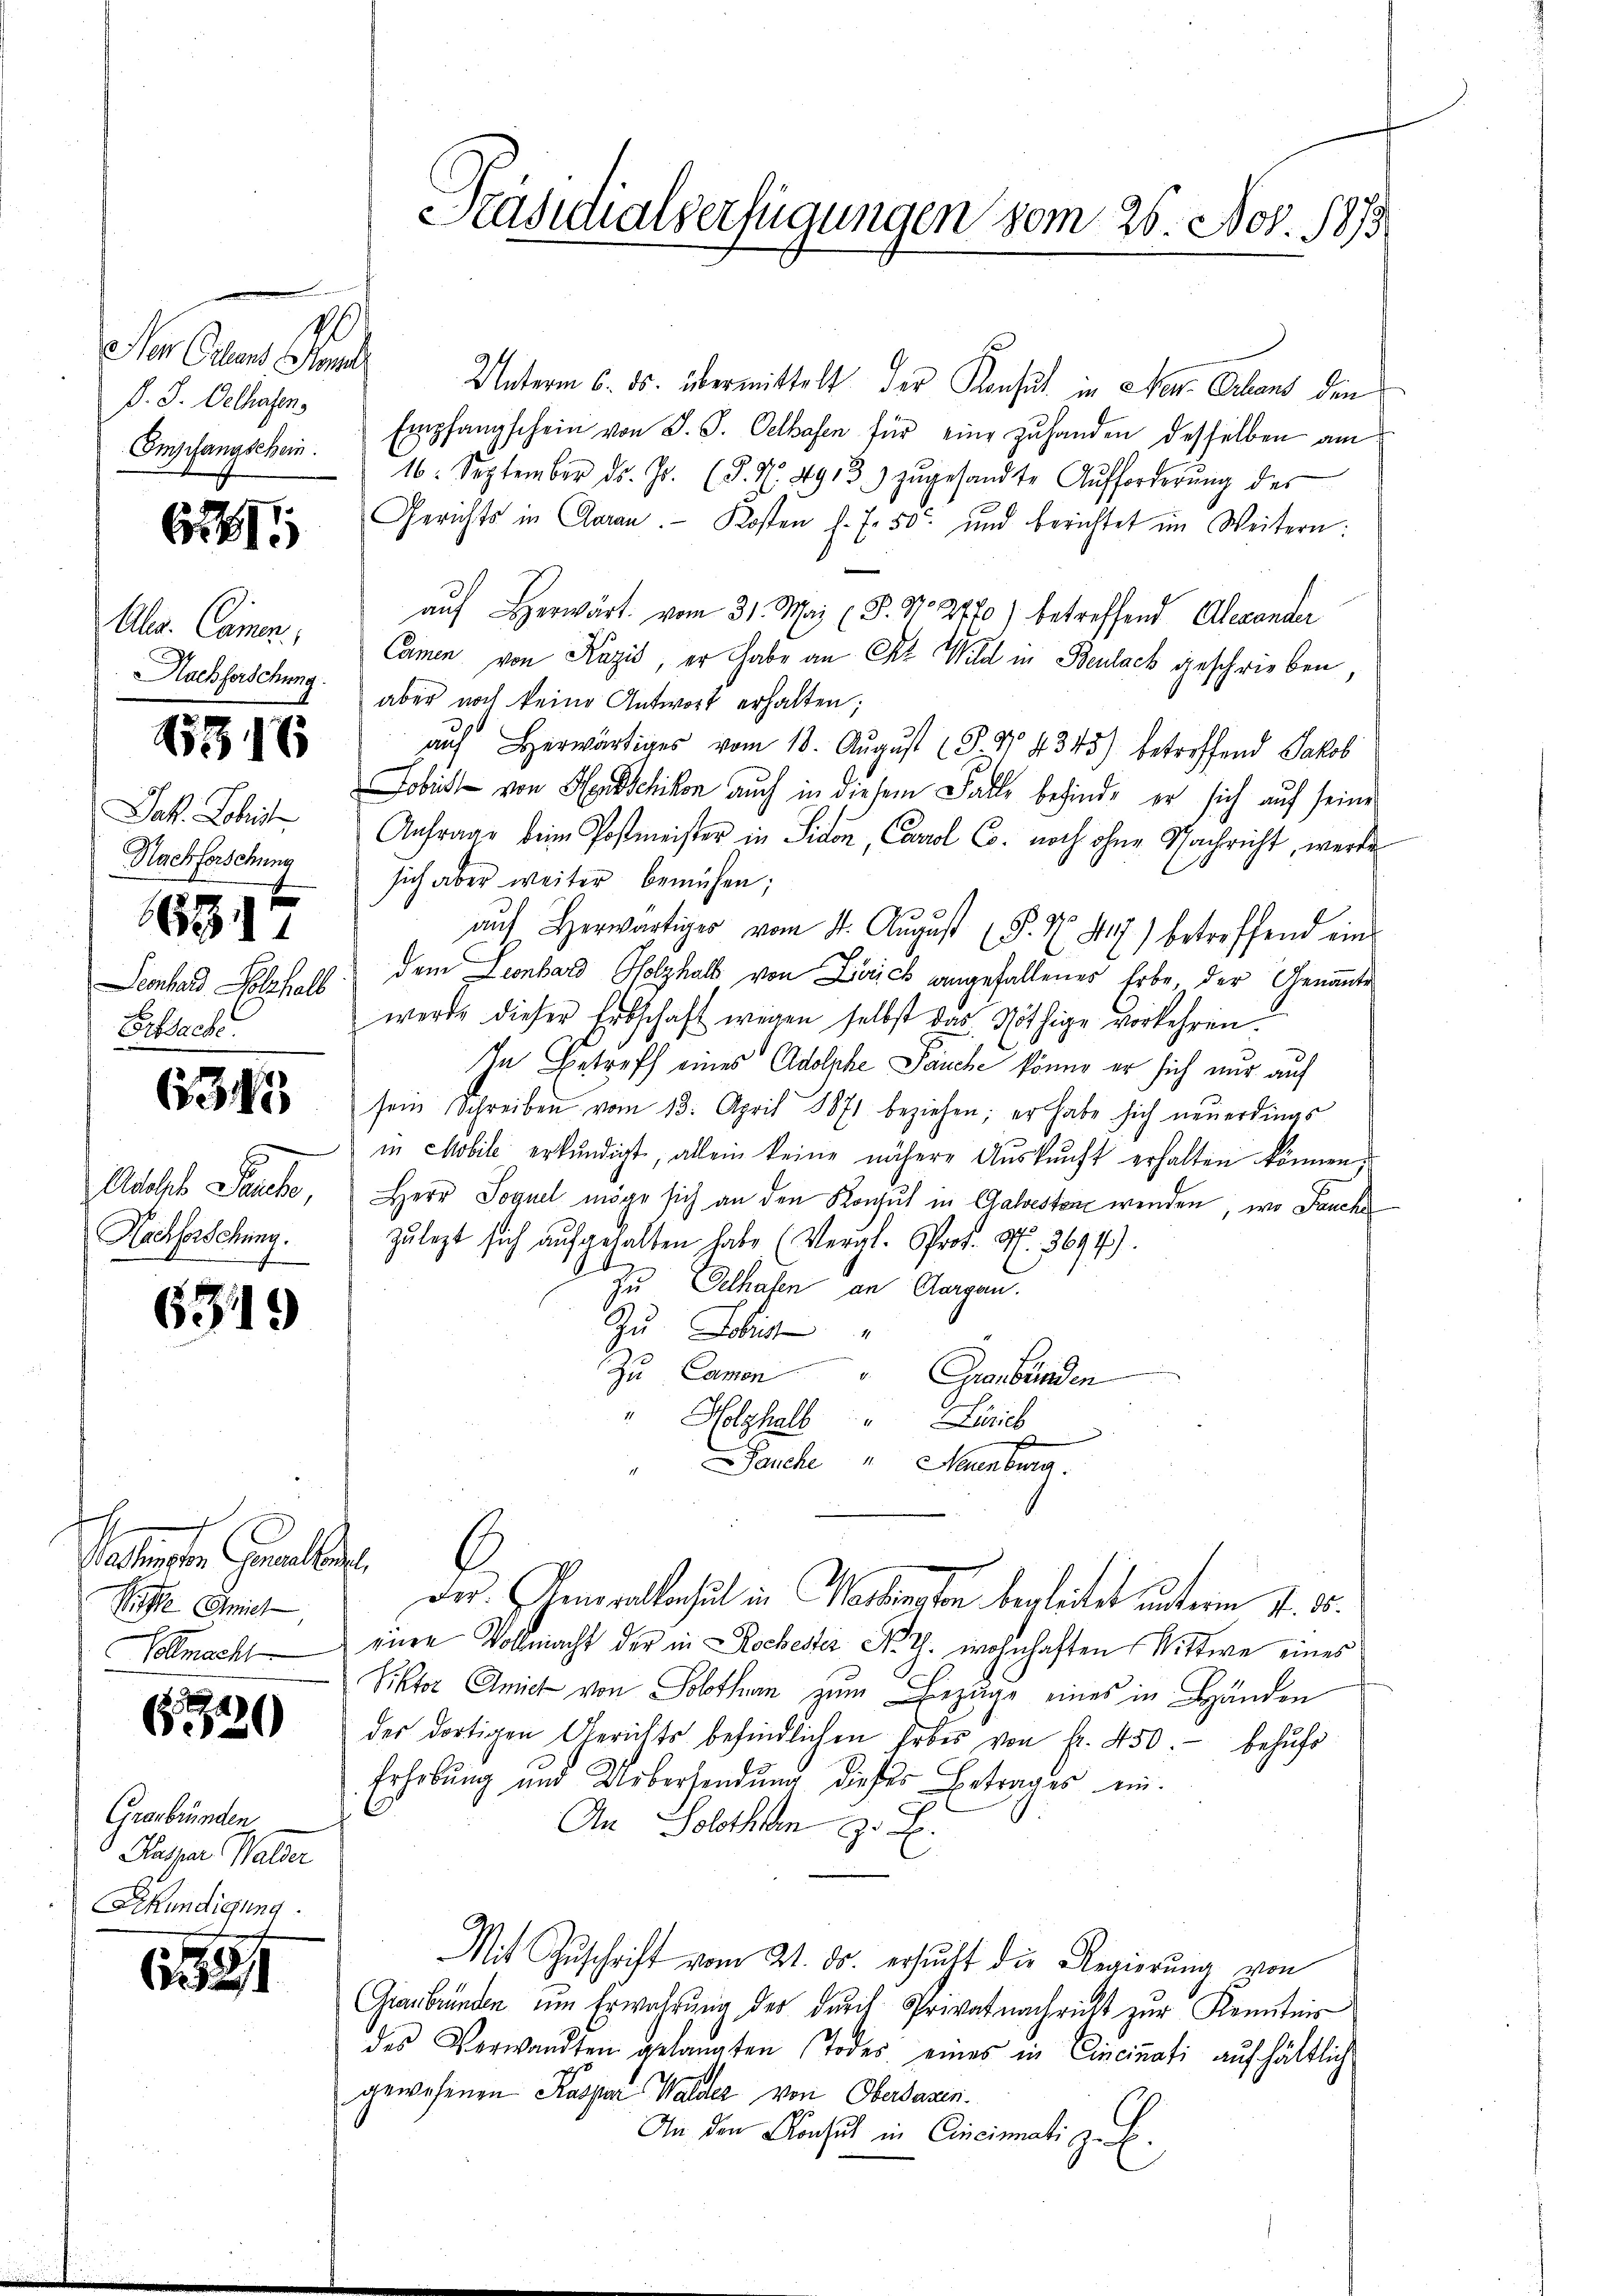
Der Oelen Gen
D. S. Dechalen.
Empfangschein.

6

Aler. Cammen.
Hachforschung

1883.

Seonhard Holzhalb
Erssache.

6315

Addleb Pato,
Hachforschung.

63.

h
Valenten Generalbert
Riffe mich

6320

Graubünden
Kaspar Walder
Sekundigung.

6

65

6

Jak. Lobeste
Nachforschung
f

Unterm 6. ds. übermittelt der Konsul in Neu Orland den
Empfangschein von S. S. Oelhafen für eine Zuhanden desselben am
16. September dr. Js. (T. N. 4913) zŭgesandte Aŭfforderŭng des
Gerichts in Aaran. Kosten f. 7. 50 und berichtet im Weitern:
auf Herwärt vom 31. May (8. No 2170) betreffend Alexander
Camen von Kazić, er habe an Art Wild in Beulack geschrieben,
aber noch keine Antwort erhalten;
aŭf herwärtiges vom 18. Aŭgŭst (S. No 4345) betreffend Jakob
Fobris von Menschikon auch in diesem Falle befinde er sich auf seine
Anfrage beim Postmeister in Sidon, Carol C. noch ohne Nachricht, werde
sich aber weiter bemühen;
aŭf herwärtiger vom 11. Aŭgŭst (§. X S.7) betreffend ein
dem Leonhard Holzhalt von Zürich angefallenes Erbe, der Genannte
werde dieser Erbschaft wegen selbst das Nöthige vorkehren.
In Betreff eines Adolphe Pauche könne er sich nur auf
sein Schreiben vom 13. April 18871 beziehen; er habe sich neuerdings
in Mobile erkundigt, allein keine nähere Auskunft erhalten können,
Herr Soguel möge sich an den Konsul in Galvesten werden, wo Jauch
zulegt sich aufgehalten habe (Vergl. Prof. No. 3694).
Zu Eelhafen an Aargau.
Zu Leist
Zu Camen Graubünden
Holzhalb Zürich
Jauche "Menbera
A
Der Generalkonsul in Wachsen begleitet unterm 1. 25.
Vollmacht eine Vollmacht der in Kochester N. Z. wohnhaften Wittwe eines
Viktor Amiet von Solothurn zum Bezüge eines in Bänden
des dortigen Gerichts befindlichen Erbes von fr. 450.- behufs
Erhebung und Uebersendung dieser Betrages ein¬
An Soloths z. B.
Mit Zuschrift vom 21. ds. ersucht die Regierung von
Gianbründen um Erwährung der durch Privatnachricht zur Kenntnis
des Verwandten gelangten Todes eines in Cincinati aŭf hältlich
gewesenen Kaspar Walder von Obersagen.
An den Konsul in Cincinati z. B.

Präsidialserfügungen vom 26. Nov. 1873